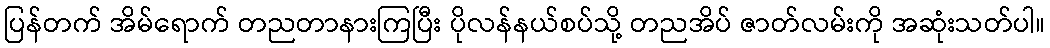
ပြန်တက် အိမ်ရောက် တညတာနားကြပြီး ပိုလန်နယ်စပ်သို့ တညအိပ် ဇာတ်လမ်းကို အဆုံးသတ်ပါ။